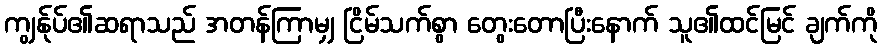
ကျွန်ုပ်၏ဆရာသည် အတန်ကြာမျှ ငြိမ်သက်စွာ တွေးတောပြီးနောက် သူ၏ထင်မြင် ချက်ကို